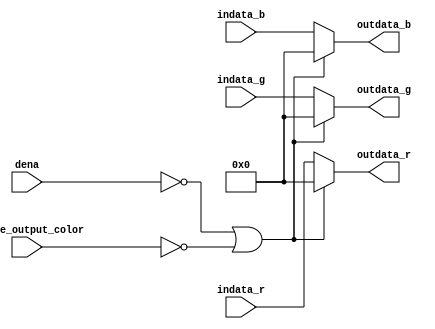
// this unit control output color value with "dena" & "enable_output_color" signals

// rendering_finished is used to control the value of final output color from VGA display controller

module vga_output_color_mask (indata_r, indata_g, indata_b, dena, enable_output_color, outdata_r, outdata_g, outdata_b);
input dena, enable_output_color;
input [7:0] indata_r, indata_g, indata_b;
output reg [7:0] outdata_r, outdata_g, outdata_b;

always @(*)
begin
	if((~dena) || (~enable_output_color))
		begin
			outdata_r = 8'b0;
			outdata_g = 8'b0;
			outdata_b = 8'b0;
		end
	else
		begin
			outdata_r = indata_r;
			outdata_g = indata_g;
			outdata_b = indata_b;
		end
end 

endmodule